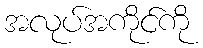
အလုပ်အကိုင်ကို